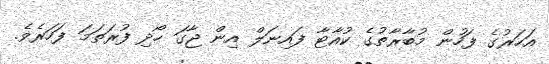
އަހަރުގެ ފަހުން މުބާރާތުގެ ކުއާޓާ ފައިނަލް އިން ޖާގަ ހޯދި ފުރަތަމަ ފަހަރެވެ.